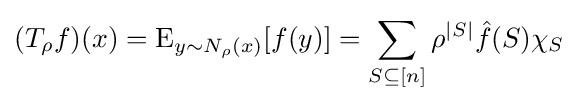
(T_{\rho }f)(x)=\operatorname {E} _{y\sim N_{\rho }(x)}[f(y)]=\sum _{S\subseteq [n]}\rho ^{|S|}{\hat {f}}(S)\chi _{S}